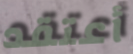
أعتقد